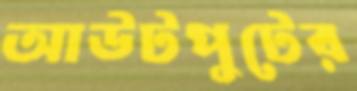
আউটপুটের